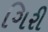
ગિરી